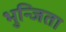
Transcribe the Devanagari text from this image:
भुन्जिता